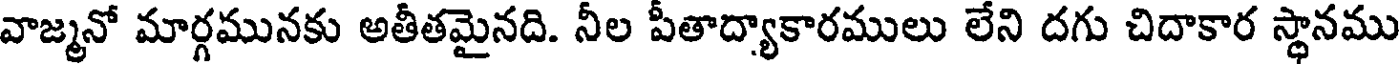
వాజ్మనో మార్గమునకు అతీతమైనది. నీల పీతాద్యాకారములు లేని దగు చిదాకార స్థానము